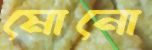
মোনো